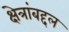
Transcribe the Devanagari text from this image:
क्षेत्रांबद्दल